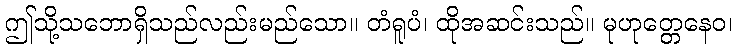
ဤသို့သဘောရှိသည်လည်းမည်သော။ တံရူပံ၊ ထိုအဆင်းသည်။ မုဟုတ္တေနေဝ၊